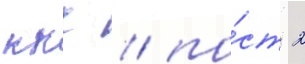
ккс / по́ст 2